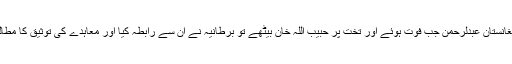
والی افغانستان عبدلرحمن جب فوت ہوئے اور تخت پر حبیب اللہ خان بیٹھے تو برطانیہ نے ان سے رابطہ کیا اور معاہدے کی توثیق کا مطالبہ کیا۔